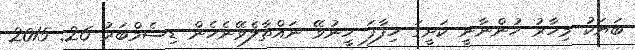
ބަޔަކު މިހާރު ހުންނާނީ ކަށީގަ ހިފާފަ ހީނުވޭ ނައްތާލެވޭނެހެން ޑިސެމްބަރު 26